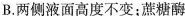
B.两侧液面高度不变；蔗糖酶